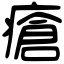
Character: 瘡